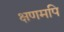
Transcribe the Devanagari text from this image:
क्षणमपि